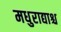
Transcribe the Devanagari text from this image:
मधुराद्याश्च